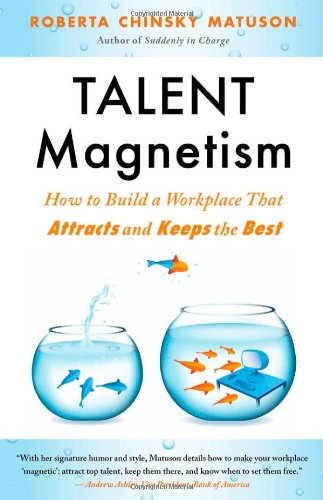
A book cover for Talent Magnetism: How to Build a Workplace That Attracts and Keeps the Best; Roberta  Chinsky Matuson; Business & Money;